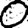
Digit: 0